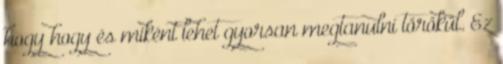
hogy hogy és miként lehet gyorsan megtanulni törökül. Ez